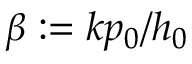
\beta : = k p _ { 0 } / h _ { 0 }